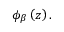
\phi _ { \beta } \left( z \right) .